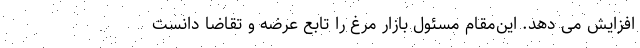
افزایش می دهد. این‌مقام مسئول بازار مرغ را تابع عرضه و تقاضا دانست